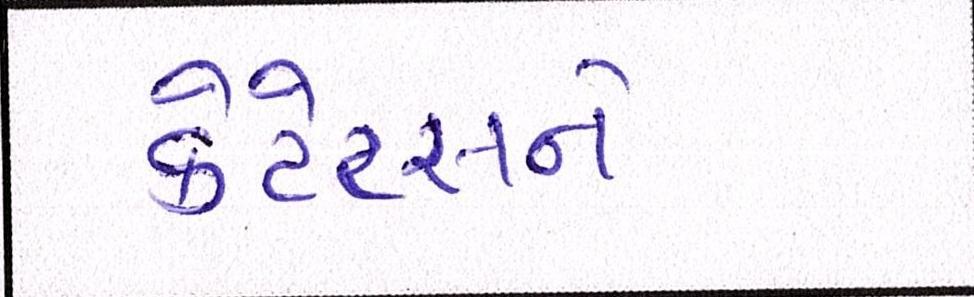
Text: કેટેટસને